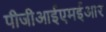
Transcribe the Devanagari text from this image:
पीजीआईएमईआर